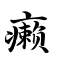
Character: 癞